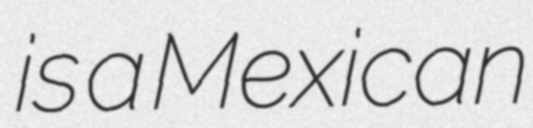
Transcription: is a Mexican